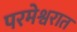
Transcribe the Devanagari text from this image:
परमेश्वरात